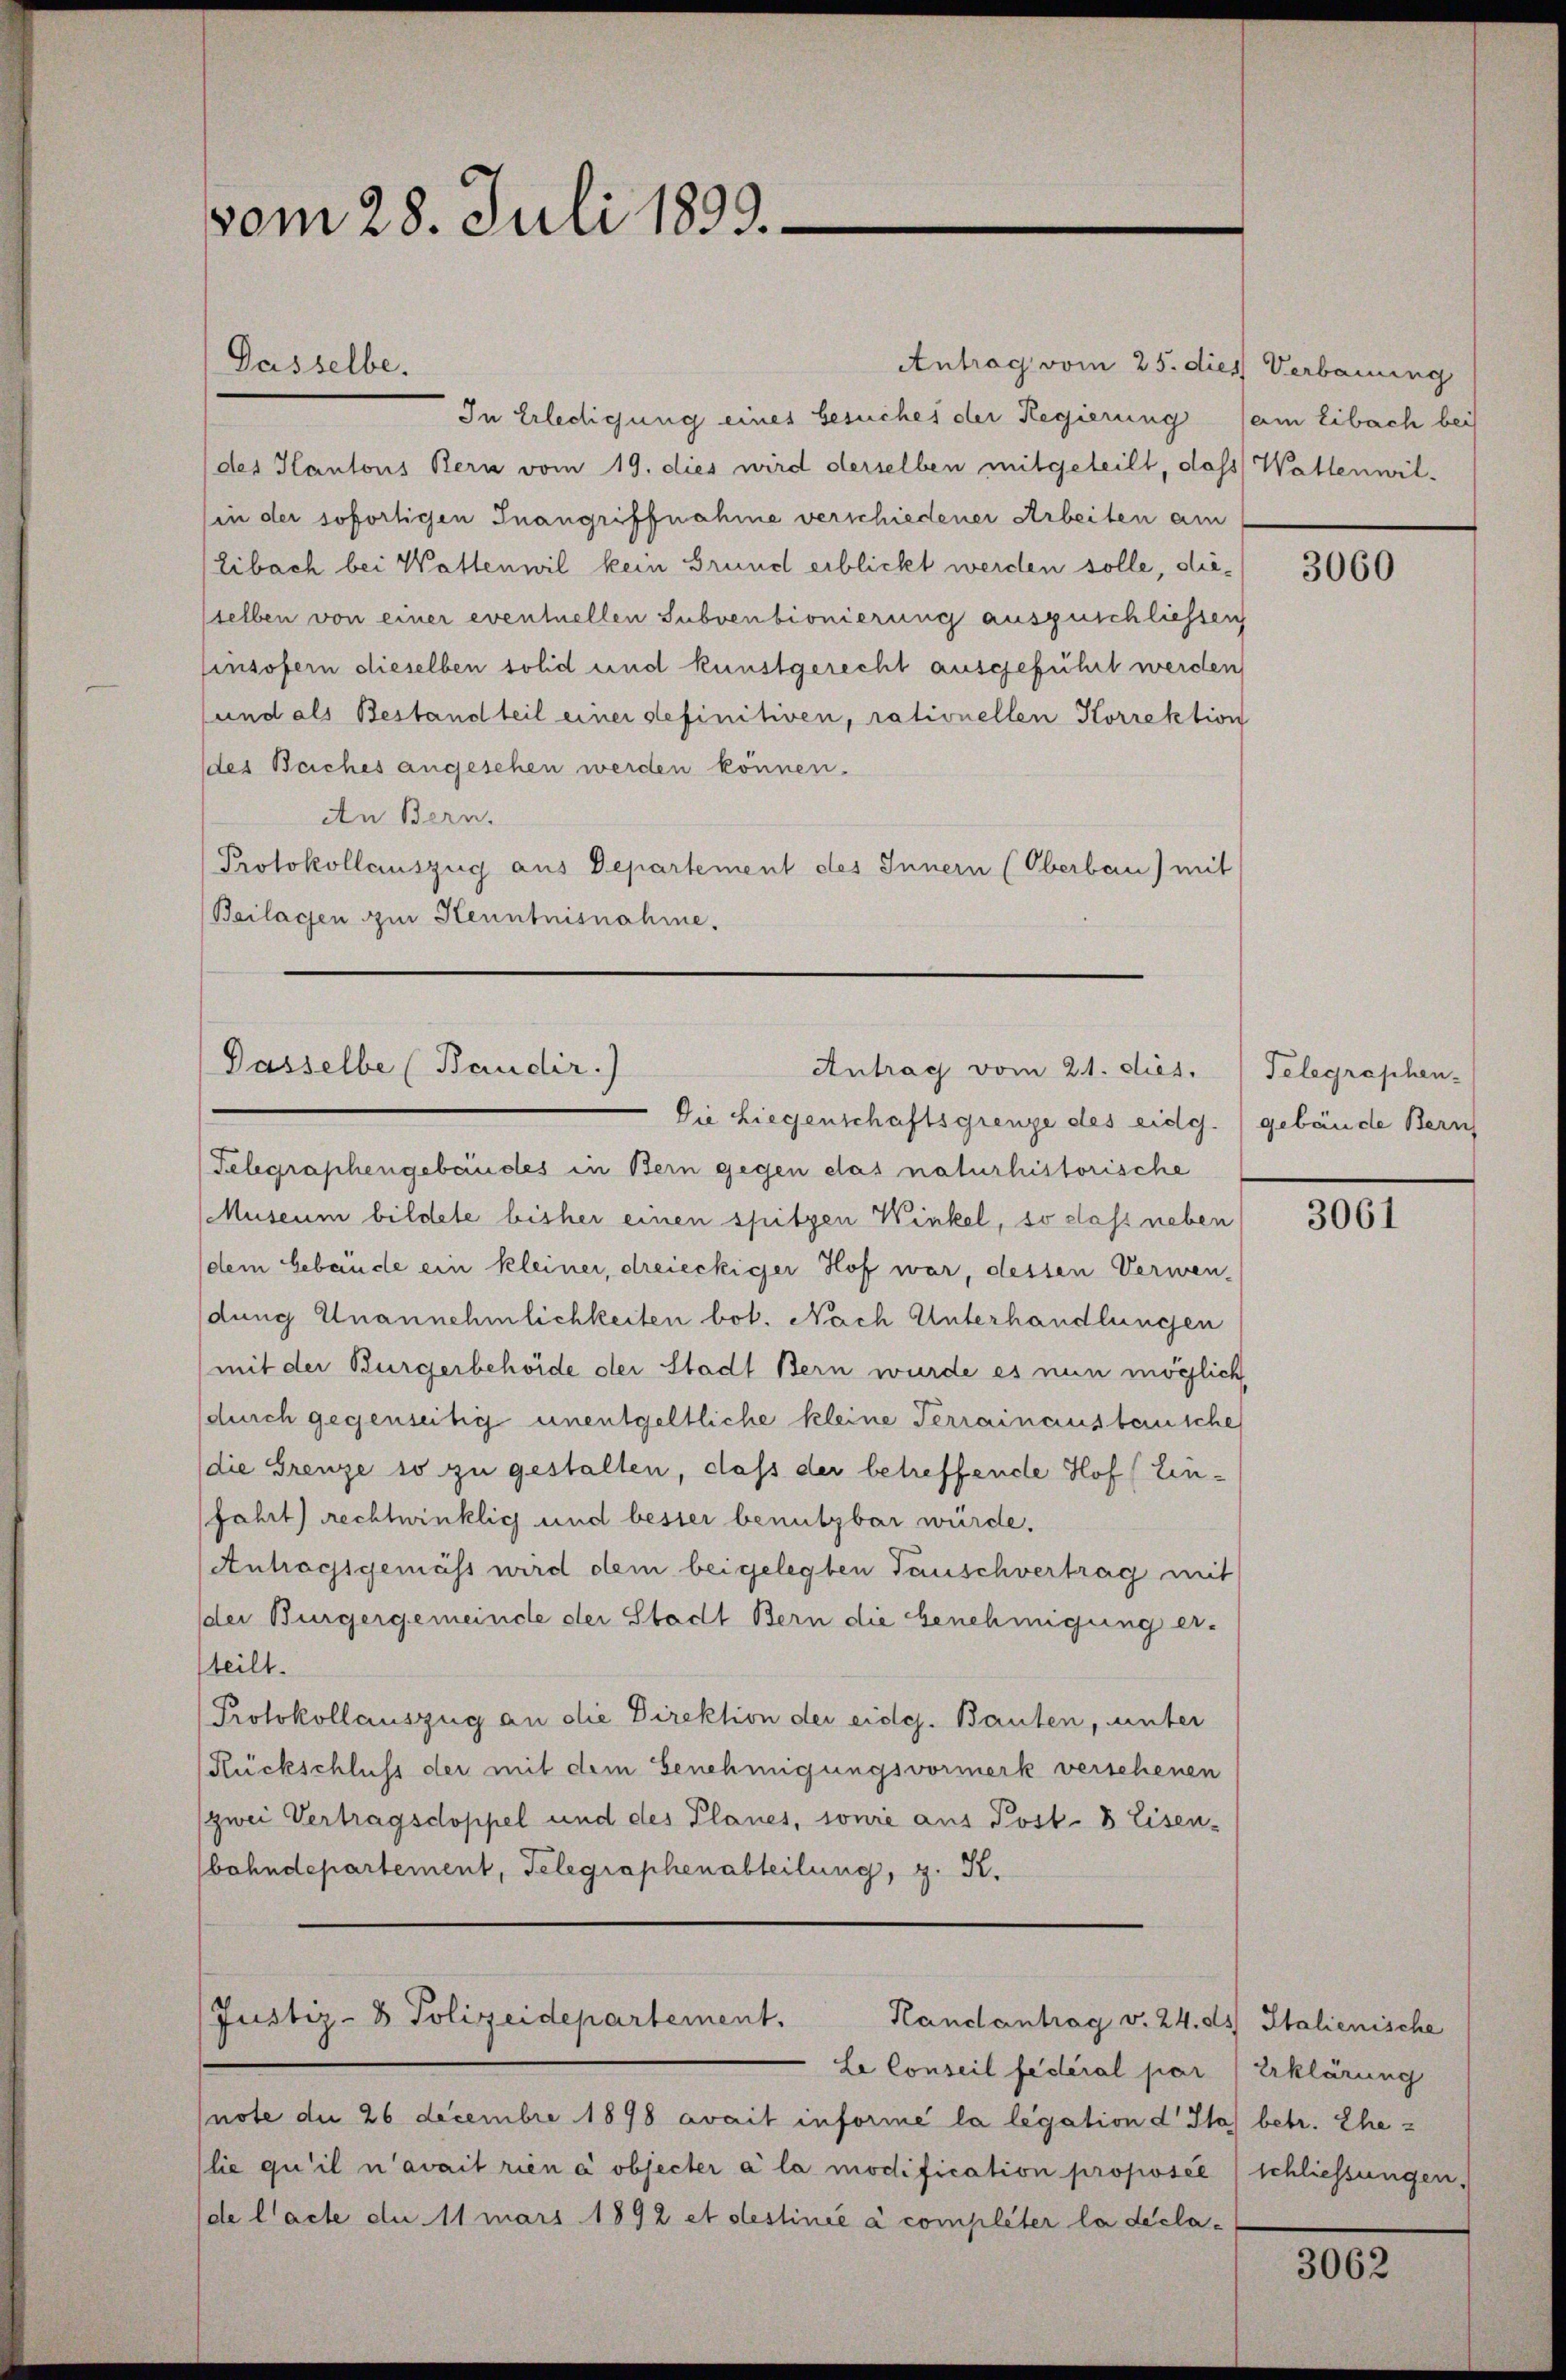
Antrag vom 25. dies Verbauung
In Erledigung eines besuches der Regierung (am libach bei
(des Kantons Bern vom 19. dies wird derselben mitgeteilt, dass Wallenwil-
in der sofortigen Inangriffnahme verschiedener Arbeiten am
Eibach bei Wattenwil kein Grund erblickt werden solle, diesselben von einer eventuellen Subventionierung auszuschliessen
insofern dieselben solid und kunstgerecht ausgeführt werden
und als Bestand teil einer definitiven, rationellen Korrektion
des Beiches angesehen werden können.
An Bern.
Protokollauszug aus Departement des Innern (Oberbau) mit
Beilagen zur Kenntnisnahme.

vom 28. Juli 1893.

Dasselbe.

Dasselbe (Baudir.)
Antrag vom 21. dies.
Die Liegenschaftsgrenze des eidg.) gebäude Bern

Telegraphengebäudes in Bern gegen das naturhistorische
Museum bildete bisher einen spitzen Winkel, so dass neben
(dem Gebäude ein kleiner, dreieckiger Hof war, dessen Verwen-
dung Unannehmlichkeiten bot. Nach Unterhandlungen
mit der Bürgerbehörde der Stadt Bern wurde es nun möglich,
durch gegenseitig unentgeltliche kleine Terrainausbausche
die Grenze so zu gestalten, daß der betreffende Hof (Einfahrt rechtwinklich und bester benutzbar würde.
Antragsgemäss wird dem beigelegten Tauschvertrag mit
der Bürgergemeinde der Stadt Bern die Genehmigung er-
teilt.
Protokollauszug an die Direktion der eidg. Bauten, unter
Rückschluss der mit dem Genehmigungsvormerk verscheuen
(zwei Vertragsdoppel und des Planes, sonie aus Post- 8 Eisen-
bahndepartement, Telegraphenabteilung, z. R.

Justiz- & Polizeidepartement.
Handantrag v. 24. ds Italienische

Le Conseil fédéral par Erklärung
note die 26 Decembre 1898 avait informe la legation d Sta) betr. Ehe¬
(lie qu’il n’avait rien à objecter a la modification proposée schliessungen,
(de l’acte du 11 mars 1892 et destinée à completer la decla¬

3060

Telegraphen-

3061

3062